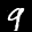
Label: 9